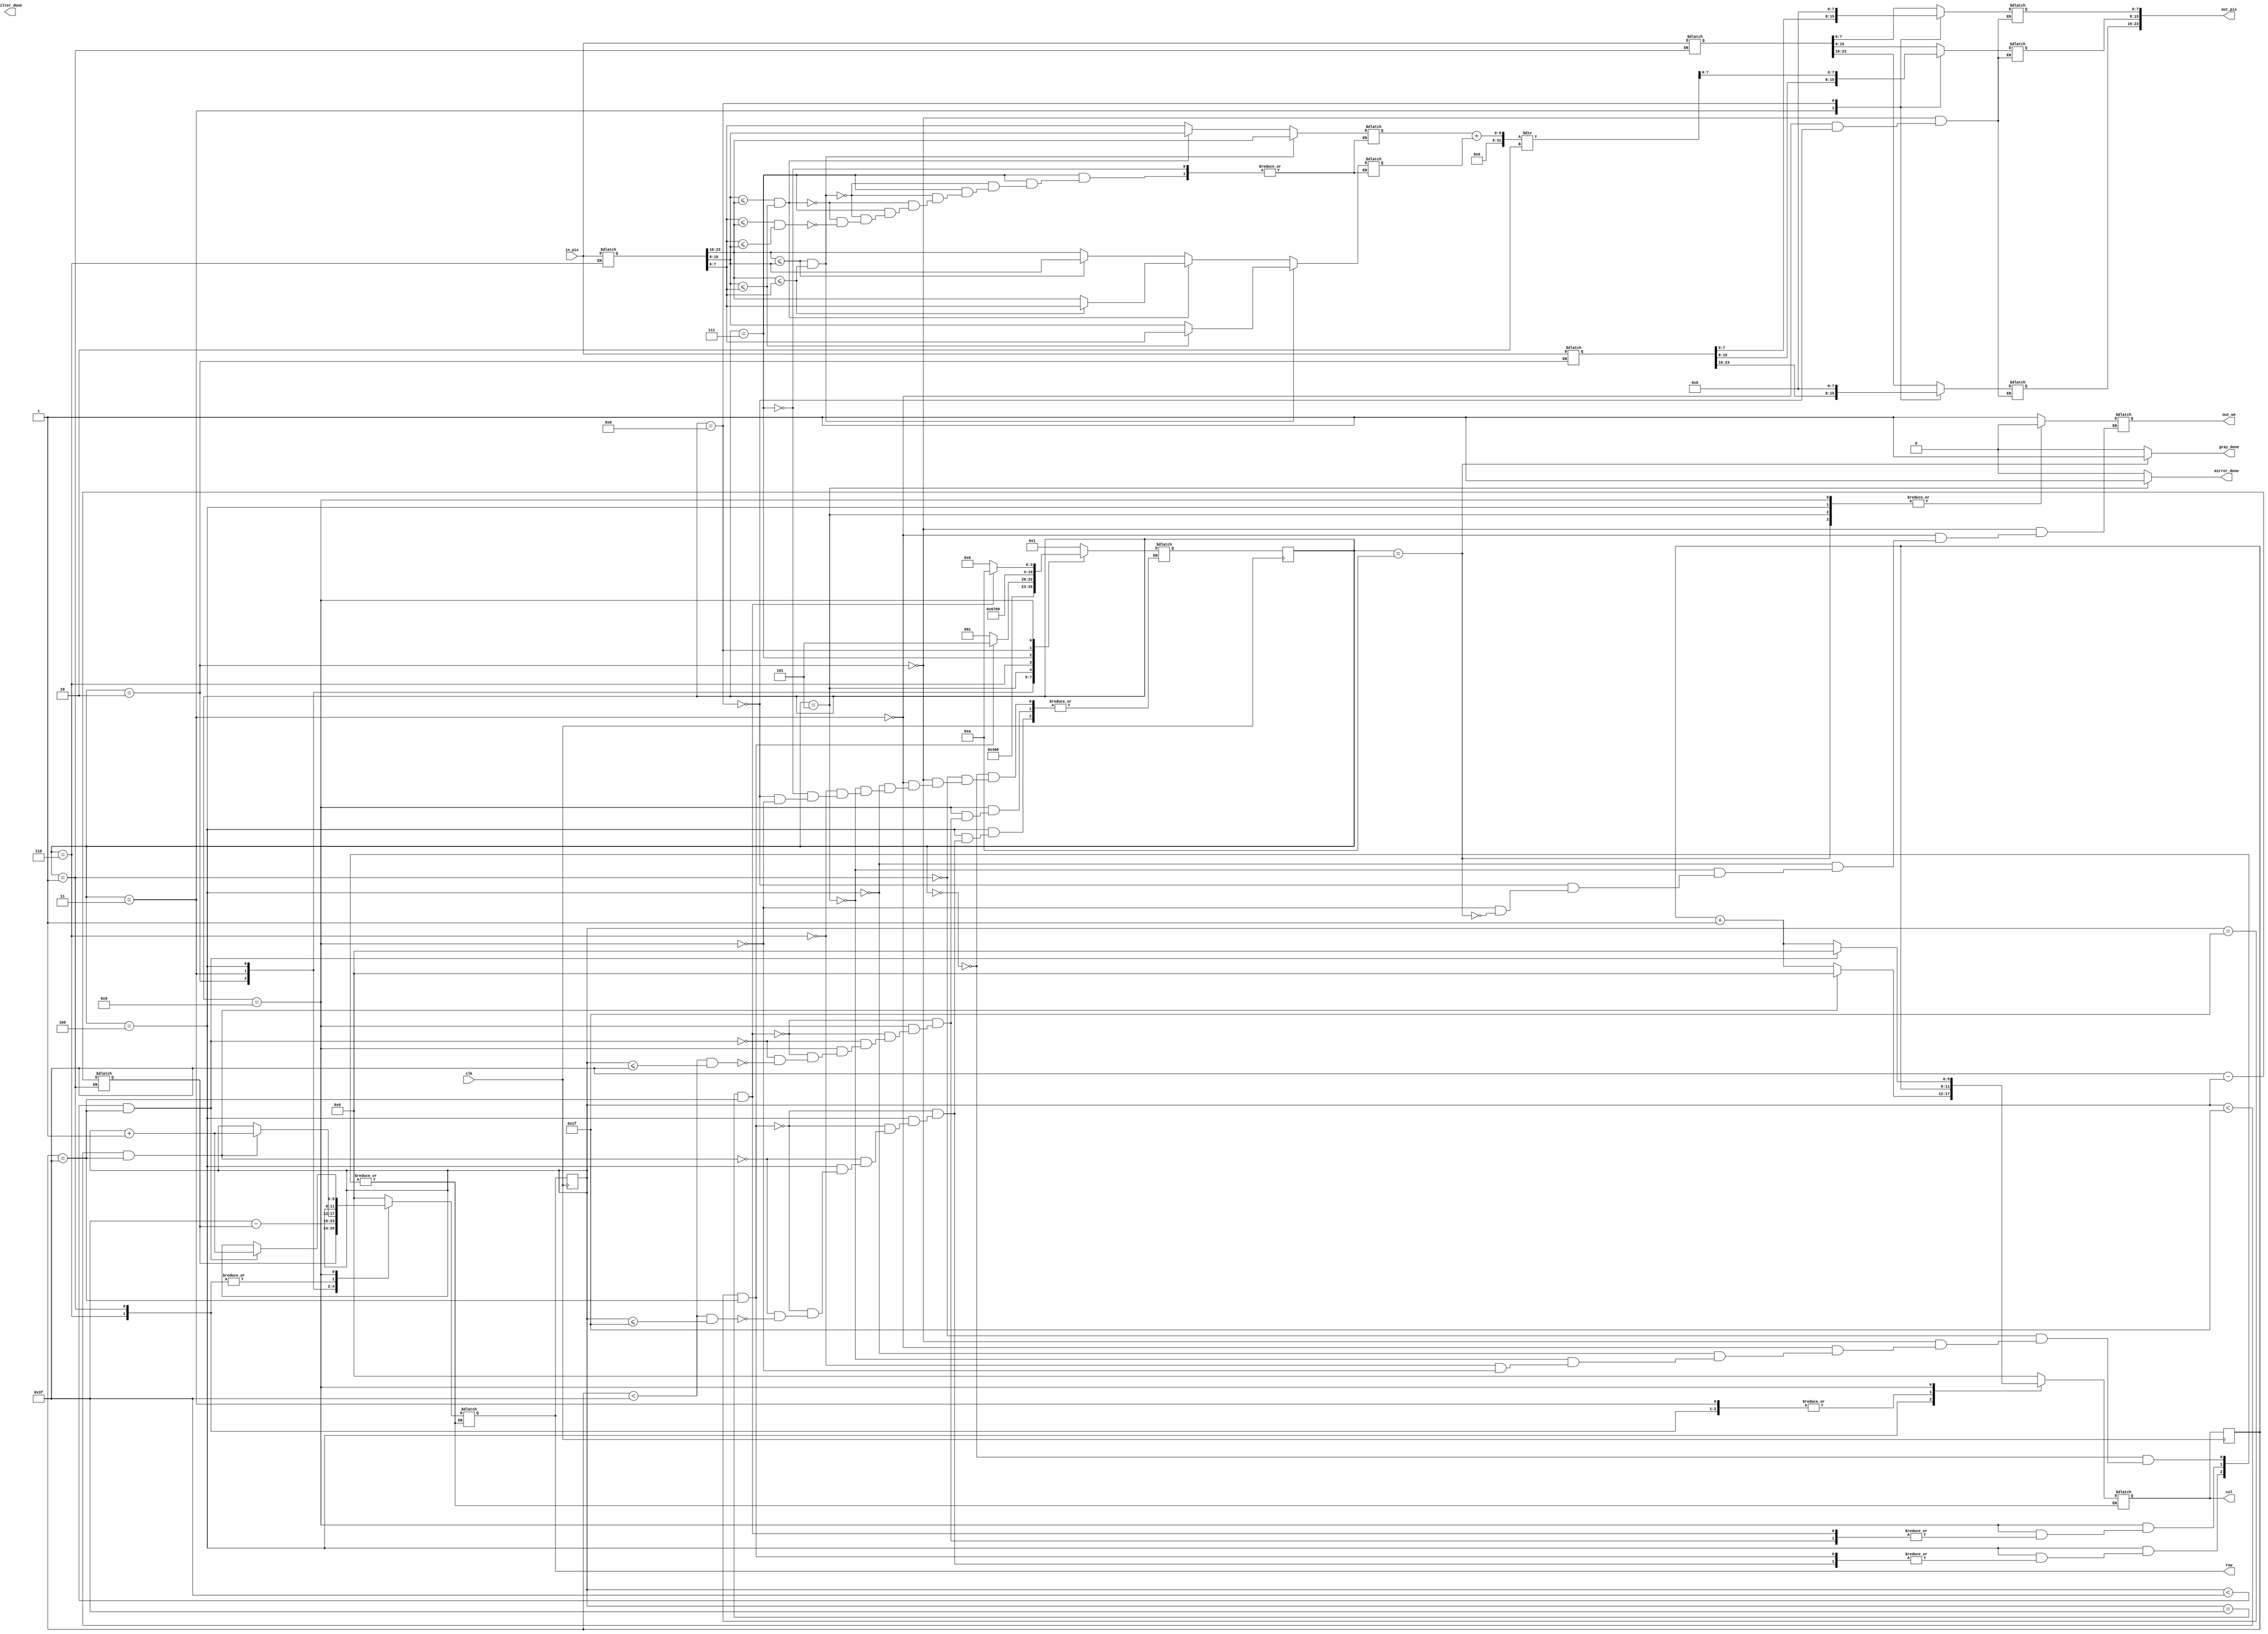
`timescale 1ns / 1ps

module process(
    input clk,                  // clock 
    input [23:0] in_pix,        // valoarea pixelului de pe pozitia [in_row, in_col] din imaginea de intrare (R 23:16; G 15:8; B 7:0)
    output reg [5:0] row, col,   // selecteaza un rand si o coloana din imagine
    output reg out_we,           // activeaza scrierea pentru imaginea de iesire (write enable)
    output reg [23:0] out_pix,   // valoarea pixelului care va fi scrisa in imaginea de iesire pe pozitia [out_row, out_col] (R 23:16; G 15:8; B 7:0)
    output reg mirror_done,      // semnaleaza terminarea actiunii de oglindire (activ pe 1)
    output reg gray_done,        // semnaleaza terminarea actiunii de transformare in grayscale (activ pe 1)
    output reg filter_done       // semnaleaza terminarea actiunii de aplicare a filtrului de sharpness (activ pe 1)
);

    // Declararea variabilelor
    reg[3:0] state = 0;
    reg[3:0] next_state = 0;
    reg[5:0] row_c = 0; // copia liniei pe care lucrez
    reg[5:0] col_c = 0; // copia coloanei pe care lucrez
    reg[5:0] row_ant = 0; // o variabila auxiliara in care salvez linia pe care interschimb valoarea pixelilor(pt oglindire)
    reg [23:0] in_pix_c;        
    reg [23:0] in_pix_c_1;
    reg [23:0] in_pix_c_2; // in functie de caz, salvez in aceste copii valoarea pixelului de pe pozitia [row,col] din imaginea de intrare
    reg[7:0] min = 0;
    reg[7:0] max = 0;
    reg[7:0] media = 0;

    always @(posedge clk) begin
        state <= next_state;
        row_c <= row;
        col_c <= col; // dupa fiecare stare copiile pozitiilor sunt actualizate cu valorile pozitiilor asupra carora am lucrat
    end

    always @(*) begin
        mirror_done = 0;
        gray_done = 0;

        case (state)
            0: begin // Starea initiala
                row = 0;
                col = 0;
                next_state = 1;
            end

            1: begin // MIRROR
                row_ant = 63 - row_c; // Se pastreaza in variabila auxiliara linia (din partea inferioara a matricei)
					 // cu care se face interschimbarea de pixeli
                row = row_c;
                col = col_c; // Setez pozitia pixelului din imaginea de intrare (din partea superioara)
                in_pix_c_1 = in_pix; // Pastrez valoarea pixelului de la pozitia data
                next_state = 2;
            end

            2: begin
                row = row_ant; 
                col = col_c; // Setez pozitia pixelului din imaginea de intrare (din partea inferioara)
                in_pix_c_2 = in_pix; // Pastrez valoarea pixelului de la pozitia data
                out_we = 1; // Fac posibila scrierea
                out_pix = in_pix_c_1; // Scriu la pozitia setata (din partea inferioara)
					 // valoarea pixelului pastrata (din partea superioara)
                next_state = 3;
            end

            3: begin // Analog starii 2 fac scrierea in partea superioara 
                row = 63 - row_ant;
                col = col_c;
                out_we = 1;
                out_pix = in_pix_c_2;
                next_state = 4;
            end // Se finalizeaza interschimbarea de pixeli pozitionati pe aceeasi coloana si pe linii simetric opuse

            4: begin // Liniile cresc astfel incat sa parcurga matricea pana la jumatate
                out_we = 0; // Nu scriu nimic in aceasta stare
                if (row_c == 31 && col_c == 63) begin
                    next_state = 5;  // Au fost parcurse toate pozitiile
                end else if (row_c < 31 && col_c == 63) begin
                    row = row_c + 1; 
                    col = 0; // Se trece pe prima coloana a randului urmator
                    next_state = 1;
                end else if (col_c < 63 && row_c <= 31) begin
                    row = row_c;
                    col = col_c + 1; // Se trece pe urmatoarea coloana a aceluiasi rand
                    next_state = 1;
                end
            end

            5: begin
                out_we = 0;
                mirror_done = 1; // Oglindirea a fost realizata
                next_state = 6;
                row = 0;
                col = 0; // Se pregateste pentru starea urmatoare
            end

            6: begin // Grayscale
                row = row_c;
                col = col_c; // Setez pozitia pixelului din imaginea de intrare
                in_pix_c = in_pix;
                next_state = 7;
            end

            7: begin
                // Se calculeaza minimul si maximul 
                if (in_pix_c[23:16] <= in_pix_c[15:8] && in_pix_c[23:16] <= in_pix_c[7:0]) begin
                    min = in_pix_c[23:16];
                    if (in_pix_c[15:8] <= in_pix_c[7:0])
                        max = in_pix_c[7:0];
                    else
                        max = in_pix_c[15:8]; // Cazul in care in_pix_c[23:26] este cel mai mic
                end else if (in_pix_c[15:8] <= in_pix_c[23:16] && in_pix_c[15:8] <= in_pix_c[7:0]) begin
                    min = in_pix_c[15:8];
                    if (in_pix_c[23:16] <= in_pix_c[7:0])
                        max = in_pix_c[7:0];
                    else
                        max = in_pix_c[23:16]; // Cazul in care in_pix_c[15:8] este cel mai mic
                end else if (in_pix_c[7:0] <= in_pix_c[23:16] && in_pix_c[7:0] <= in_pix_c[15:8]) begin
                    min = in_pix_c[7:0];
                    if (in_pix_c[23:16] <= in_pix_c[15:8])
                        max = in_pix_c[15:8];
                    else
                        max = in_pix_c[23:16]; // Cazul in care in_pix_c[7:0] este cel mai mic
                end
                next_state = 8;
            end

            8: begin
                media = (min + max) / 2;
                out_we = 1;
                out_pix[15:8] = media; // Scriu media la pozitia ceruta   
                out_pix[7:0] = 8'b0;
                out_pix[23:16] = 8'b0;    
                next_state = 9;
            end

              9: begin //Liniile cresc astfel incat sa se parcurga matricea in intregime
                out_we = 0; 
                if (row_c == 63 && col_c == 63) begin
                    next_state = 10;  
                end else if (row_c < 63 && col_c == 63) begin
                    row = row_c + 1; 
                    col = 0;
                    next_state = 6;
                end else if (col_c < 63 && row_c <= 63) begin
                    row = row_c;
                    col = col_c + 1; 
                    next_state = 6;
                end
            end

            10: begin
                out_we = 0;
                gray_done = 1; // Operatia de GrayScale a fost realizata 
         
				end

        endcase
    end  

endmodule